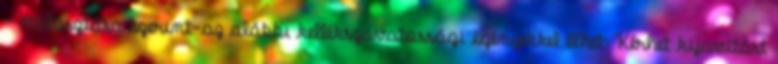
– választása szerint–az alábbi kellékszavatossági igényekkel élhet: Kérhet kijavítást